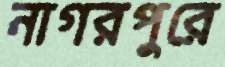
নাগরপুরে